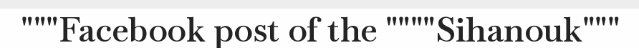
"""Facebook post of the """"Sihanouk"""